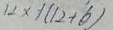
1 2 \times 1 ( 1 2 + 6 )